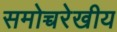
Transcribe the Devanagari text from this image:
समोच्चरेखीय